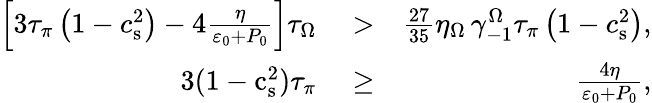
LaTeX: \begin{array}{rlr}{\left[3\tau_{\pi}\left(1-c_{\mathrm{s}}^{2}\right)-4\frac{\eta}{\varepsilon_{0}+P_{0}}\right]\tau_{\Omega}}&{{}>}&{\frac{27}{35}\eta_{\Omega}\, \gamma_{-1}^{\Omega}\tau_{\pi}\left(1-c_{\mathrm{s}}^{2}\right),}\\ {3(1-\mathrm{c}_{\mathrm{s}}^{2})\tau_{\pi}}&{{}\geq}&{\frac{4\eta}{\varepsilon_{0}+P_{0}},}\end{array}